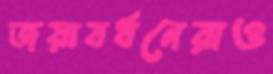
জয়াবর্ধনেরাও